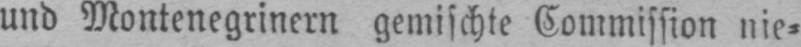
und Montenegrinern gemischte Commission nie⸗